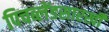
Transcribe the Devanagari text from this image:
पिचब्लेंडसारखी